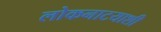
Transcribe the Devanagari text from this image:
लोकनाटयाशी